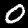
Label: 0